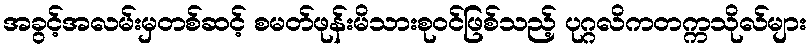
အခွင့်အလမ်းမှတစ်ဆင့် စမတ်ဖုန်းမိသားစုဝင်ဖြစ်သည့် ပုဂ္ဂလိကတက္ကသိုလ်များ